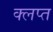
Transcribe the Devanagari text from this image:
क्लप्त